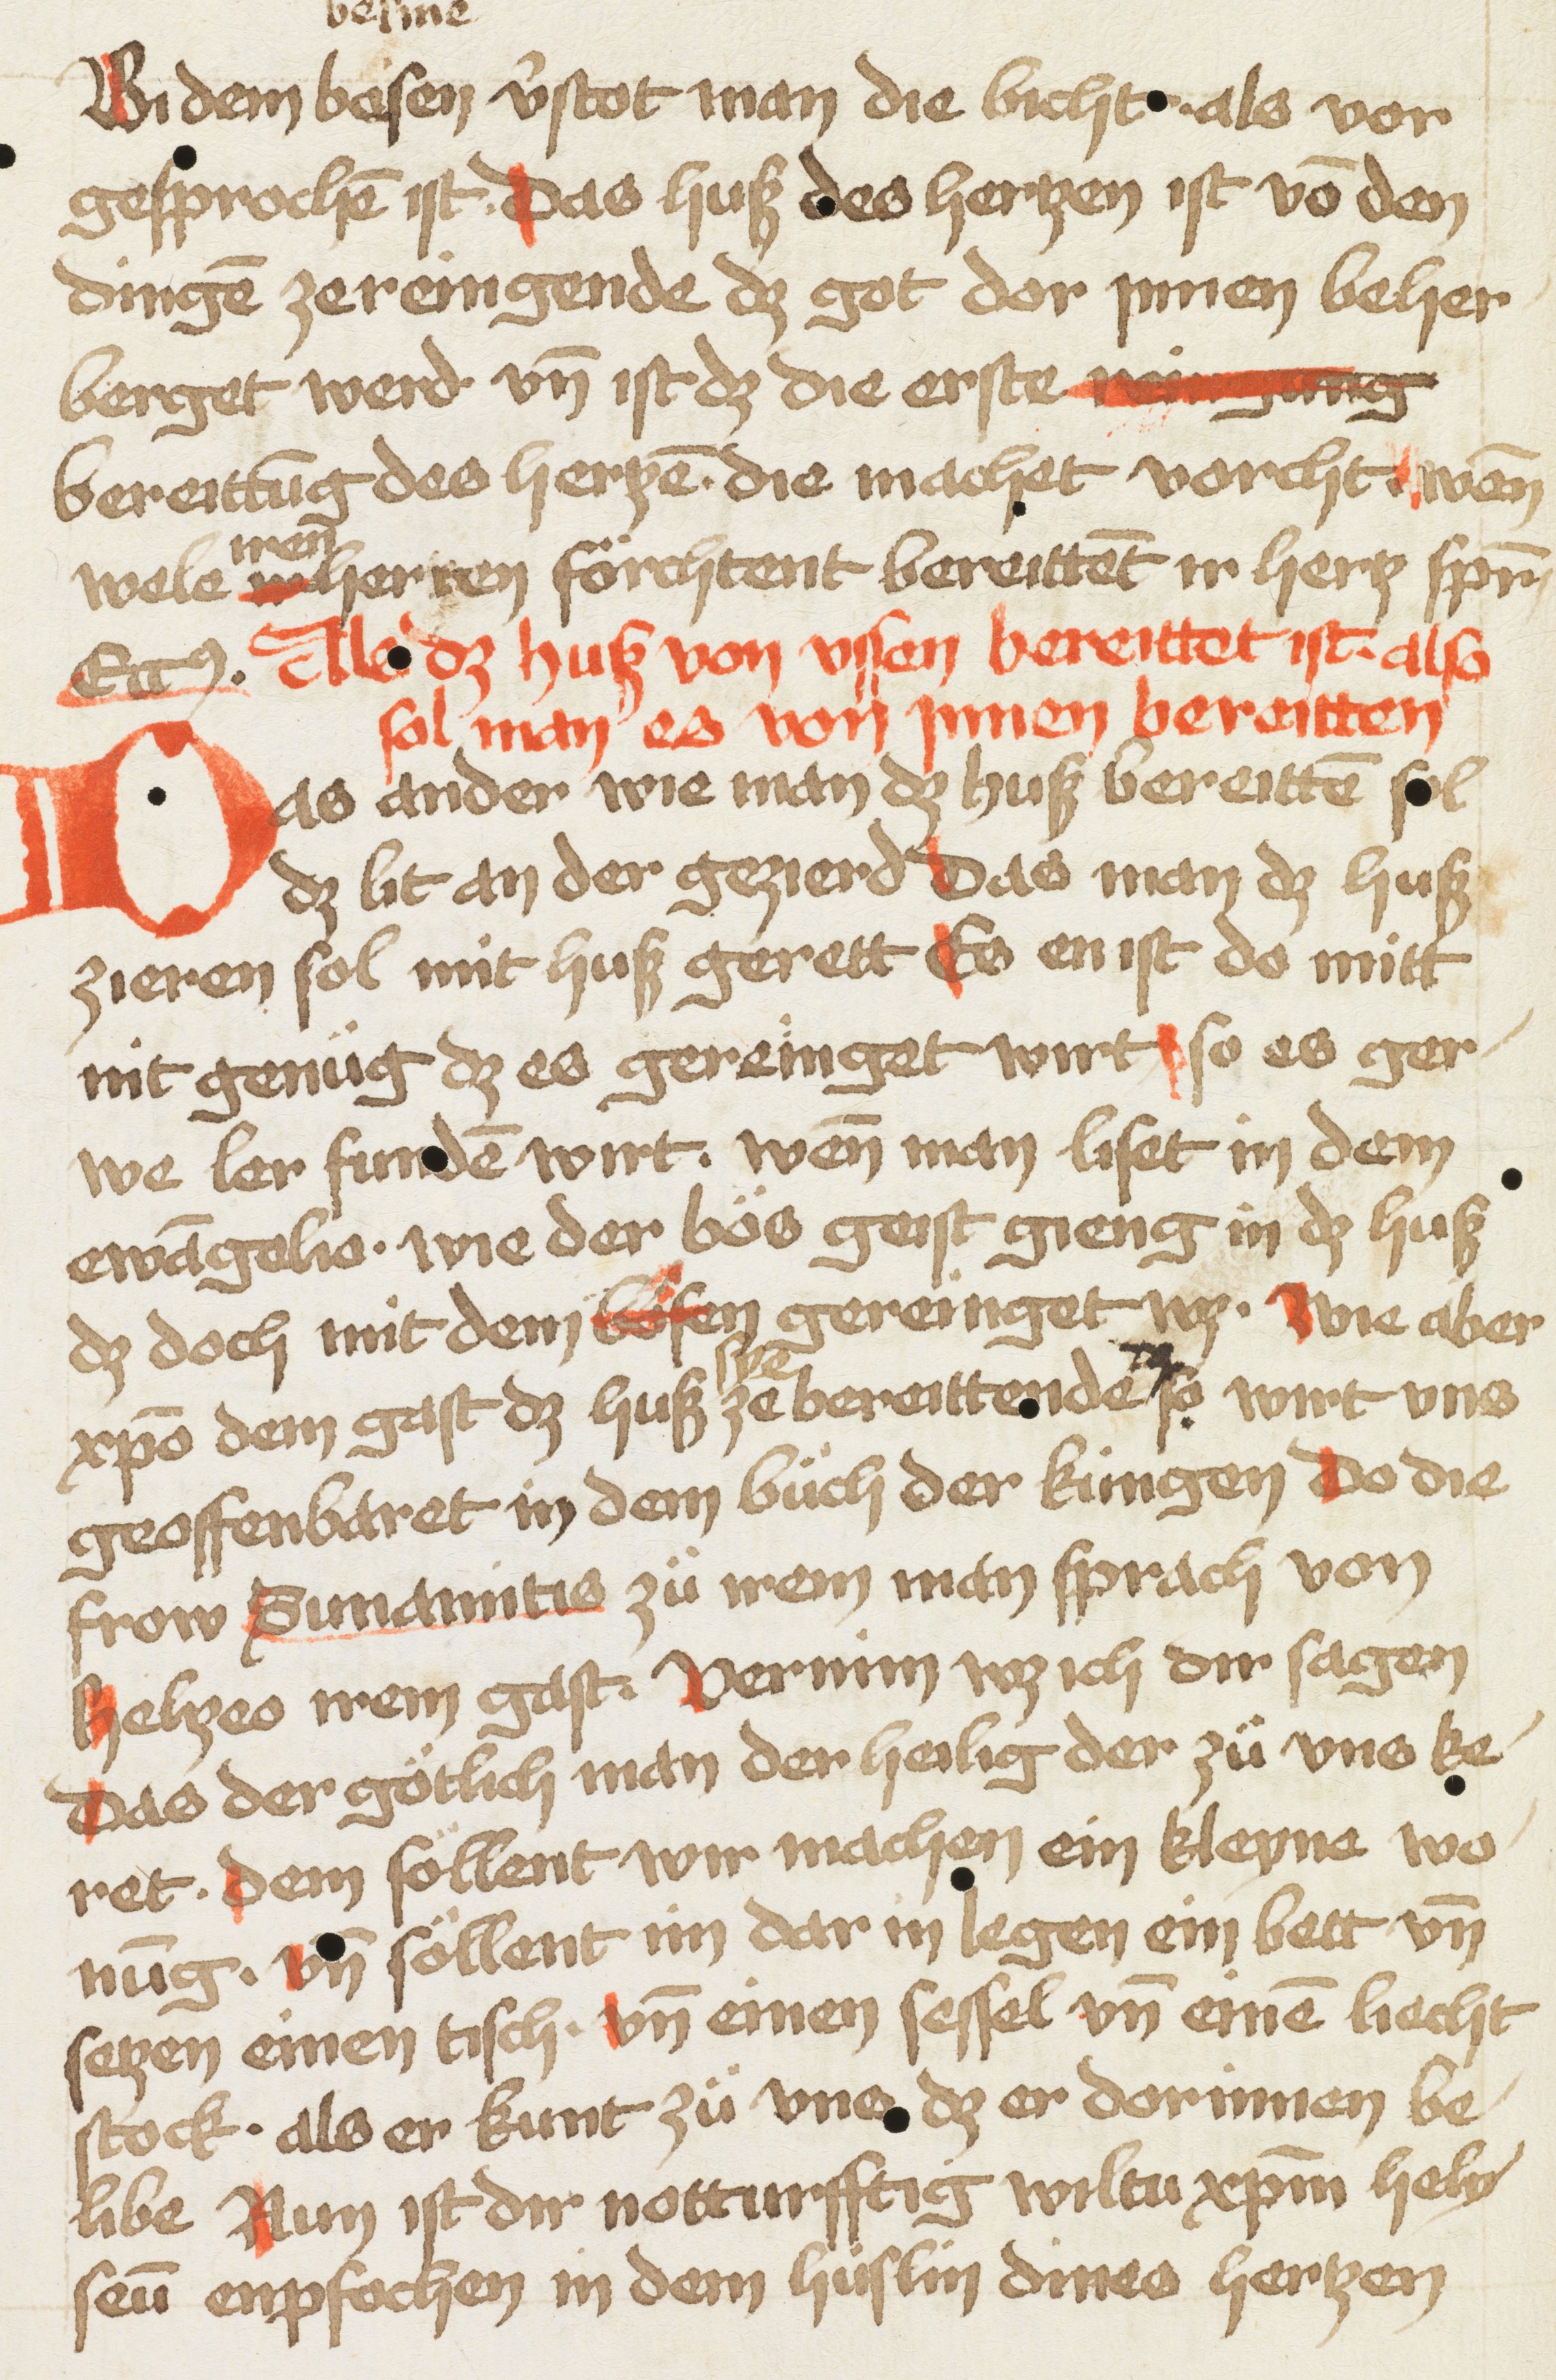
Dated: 1470–1480